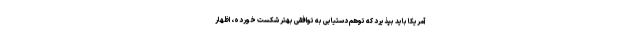
آمریکا باید بپذیرد که توهم دستیابی به توافقی بهتر شکست خورده، اظهار